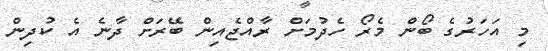
މި އަހަރުގެ ބޯން މެރޯ ހެދުމަށް ރާއްޖެއިން ބޭރަށް ދާނެ އެ ކުދިން